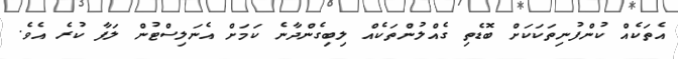
އެތަކެއް ކުންފުނިތަކަކަށް ބޮޑެތި ގެއްލުންތަކެއް ލިބިގެންދާނެ ކަމަށް އެނަލިސްޓުން ލަފާ ކުރެ އެވެ.